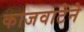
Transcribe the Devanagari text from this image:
काजवाटेने